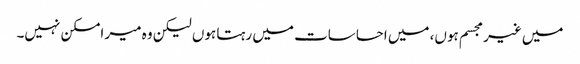
میں غیر مجسم ہوں، میں احساسات میں رہتا ہوں لیکن وہ میر امسکن نہیں۔